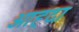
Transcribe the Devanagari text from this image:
ओह्दा